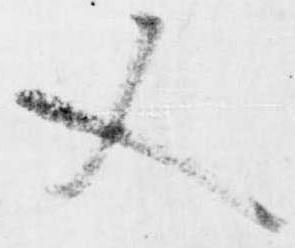
又